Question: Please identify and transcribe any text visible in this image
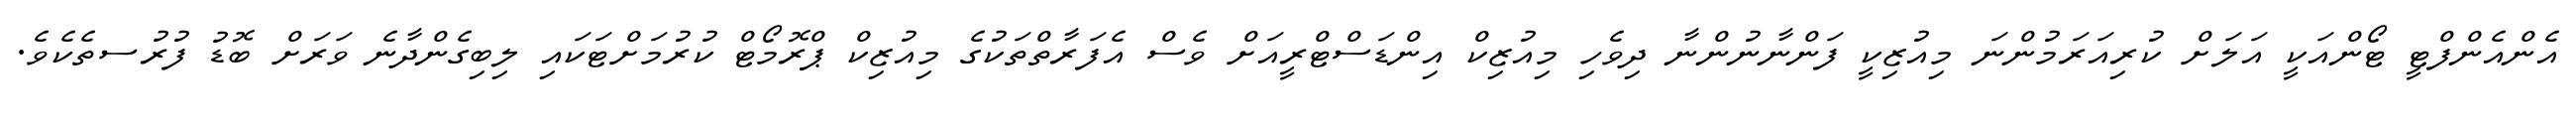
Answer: އެންއެންފްޓީ ޓޯންއަކީ އަލަށް ކުރިއަރަމުންނަ މިއުޒިކީ ފަންނާނުންނާ ދިވެހި މިއުޒިކް އިންޑަސްޓްރީއަށް ވެސް އެފަރާތްތަކުގެ މިއުޒިކް ޕްރޮމޯޓް ކުރުމަށްޓަކައި ލިބިގެންދާނެ ވަރަށް ބޮޑު ފުރުސތެކެވެ.